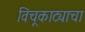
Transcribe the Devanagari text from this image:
विंचूकाट्याचा